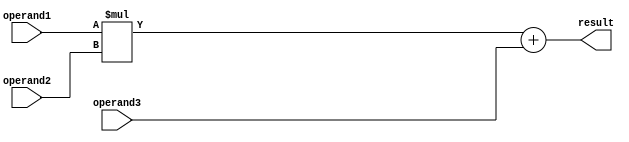
module fma_unit (
    input wire [31:0] operand1,
    input wire [31:0] operand2,
    input wire [31:0] operand3,
    output reg [31:0] result
);

reg [31:0] multiplication_result;
reg [31:0] addition_result;
reg [31:0] rounded_result;

always @(*) begin
    multiplication_result = operand1 * operand2;
    addition_result = multiplication_result + operand3;
    // Round and normalize the result
    // Implement error checking and exception handling here
    rounded_result = addition_result;
end

assign result = rounded_result;

endmodule